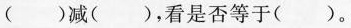
（）减（），看是否等于（）。